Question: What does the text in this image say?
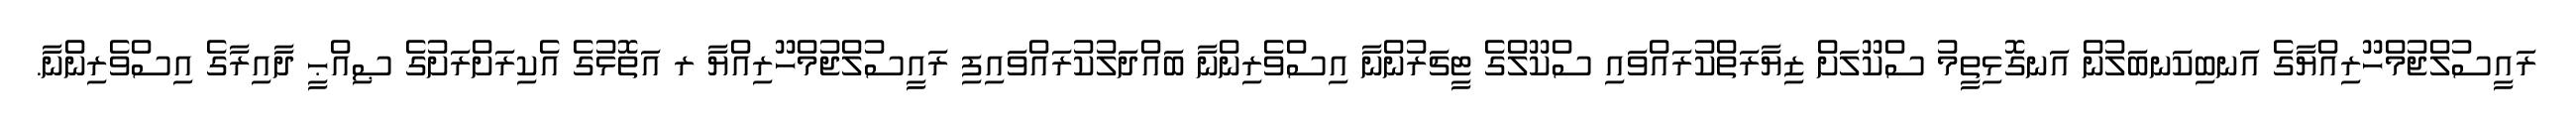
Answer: ރައީސުލްޖުމްހޫރިއްޔާގެ އަނބިކަނބަލުން އަނގޮޅިތީމު ސްކޫލަށް ޒިޔާރަތްކުރައްވައި ސްކޫލްގެ ޓީޗަރުންނާ އިސްވެރިންނާ ބައްދަލުކުރައްވައިފި ރައީސުލްޖުމްހޫރިއްޔާ ރ އަތޮޅުގެ އެކިރަށްރަށުގެ ޞިއްޙީ ދާއިރާގެ އިސްވެރިންނާ.